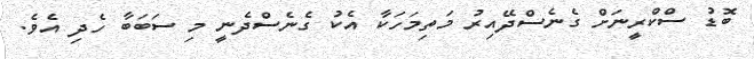
ބޮޑު ސްކްރީނަށް ގެނެސްދޭއިރު މަތިމަހަކާ އެކު ގެނެސްދެނީ މި ސަބަބާ ހެދި އެވެ.